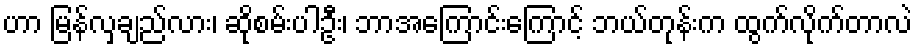
ဟာ မြန်လှချည်လား၊ ဆိုစမ်းပါဦး၊ ဘာအကြောင်းကြောင့် ဘယ်တုန်းက ထွက်လိုက်တာလဲ